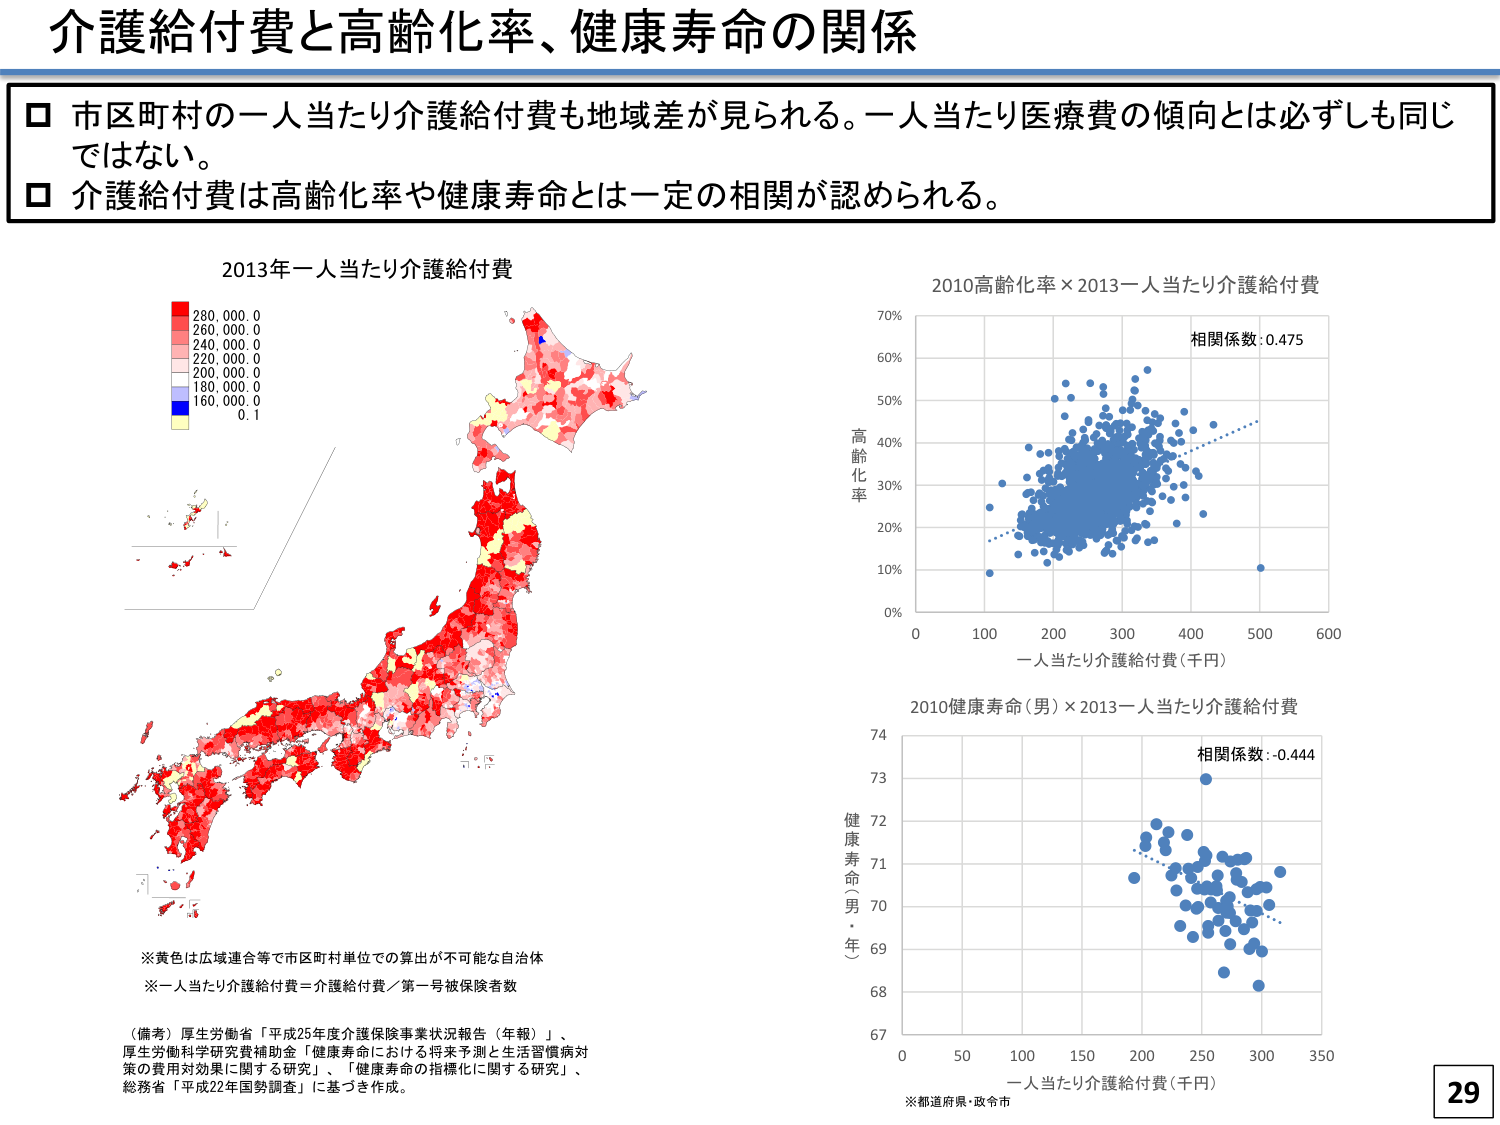
介護給付費と高齢化率、健康寿命の関係

□ 市区町村の一人当たり介護給付費も地域差が見られる。一人当たり医療費の傾向とは必ずしも同じではない。
□ 介護給付費は高齢化率や健康寿命とは一定の相関が認められる。

2013年一人当たり介護給付費

280,000.0
260,000.0
240,000.0
220,000.0
200,000.0
180,000.0
160,000.0
0.1

※黄色は広域連合等で市区町村単位での算出が不可能な自治体
※一人当たり介護給付費＝介護給付費／第一号被保険者数

（備考）厚生労働省「平成25年度介護保険事業状況報告（年報）」、
厚生労働科学研究費補助金「健康寿命における将来予測と生活習慣病対策の費用対効果に関する研究」、「健康寿命の指標化に関する研究」、
総務省「平成22年国勢調査」に基づき作成。

2010高齢化率×2013一人当たり介護給付費

相関係数：0.475

高齢化率

0% 10% 20% 30% 40% 50% 60% 70%

0 100 200 300 400 500 600
一人当たり介護給付費（千円）

2010健康寿命（男）×2013一人当たり介護給付費

相関係数：0.444

健康寿命（男・年）

67 68 69 70 71 72 73 74

0 50 100 150 200 250 300 350
一人当たり介護給付費（千円）

※都道府県・政令市

29